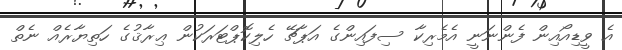
އެ ވީޑިއޯއިން ފެންނަނީ އެމެރިކާ ސިފައިންގެ އަޕާޗޭ ހެލިކޮޕްޓަރަކުން ޢިރާޤުގެ ހަތިޔާރެއް ނެތް